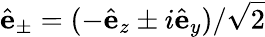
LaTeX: \hat{\mathbf e}_{\pm}=(-\hat{\mathbf e}_{z}\pm i\hat{\mathbf e}_{y})/\sqrt{2}